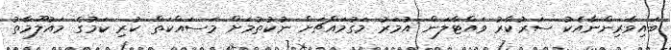
ބައިވެރިންނާއެކު ސަރުކާރު ވައްޓާލަން އުމަރު މަގުމައްޗަށް ނުކުތުމަށް މަސައްކަތް ކުރި ކަމުގެ މައުލޫމާތު